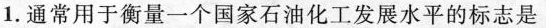
1.通常用于衡量一个国家石油化工发展水平的标志是